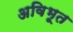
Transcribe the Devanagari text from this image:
अविभूत